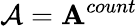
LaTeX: \mathcal{A}=\mathbf{A}^{count}